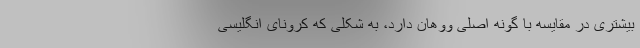
بیشتری در مقایسه با گونه اصلی ووهان دارد، به شکلی که کرونای انگلیسی